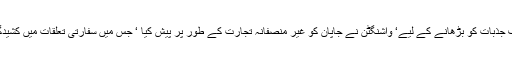
امریکہ میں جاپانی مخالف جذبات کو بڑھانے کے لیے‘ واشنگٹن نے جاپان کو غیر منصفانہ تجارت کے طور پر پیش کیا ‘ جس میں سفارتی تعلقات میں کشیدگی بھی دیکھنے کو ملی ۔